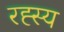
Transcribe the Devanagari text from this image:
रह्स्य